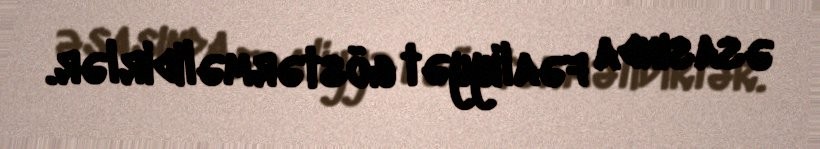
əsasında fəaliyyət göstərməlidirlər.